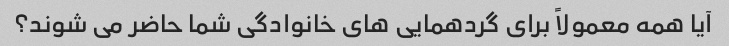
آیا همه معمولاً برای گردهمایی های خانوادگی شما حاضر می شوند؟